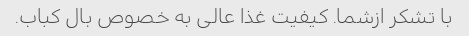
با تشکر ازشما. کیفیت غذا عالی به خصوص بال کباب.